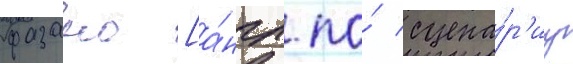
фазано [а́нгл. по́ сцена́р'иу